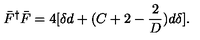
\bar { F } ^ { \dagger } \bar { F } = 4 [ \delta d + ( C + 2 - { \frac { 2 } { D } } ) d \delta ] .